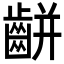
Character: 𪘀